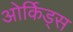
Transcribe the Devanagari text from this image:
ओर्किड्स